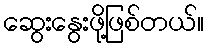
ဆွေးနွေးဖို့ဖြစ်တယ်။